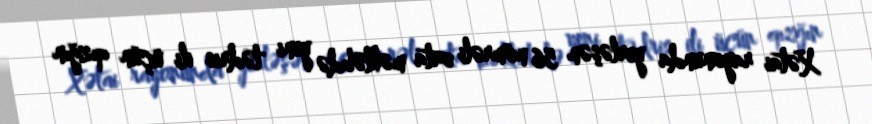
Xətai rayonunda yerləşən 56 nömrəli orta məktəbdə yeni tədris ili üçün qızğın